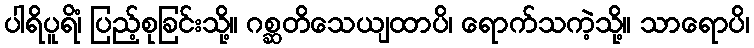
ပါရိပူရိံ၊ ပြည့်စုခြင်းသို့။ ဂစ္ဆတိသေယျထာပိ၊ ရောက်သကဲ့သို့။ သာရောပိ၊